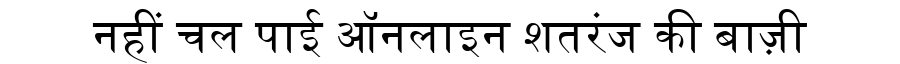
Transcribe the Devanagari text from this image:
नहीं चल पाई ऑनलाइन शतरंज की बाज़ी